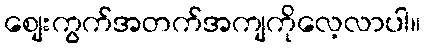
စျေးကွက်အတက်အကျကိုလေ့လာပါ။